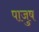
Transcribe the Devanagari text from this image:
पाजुष